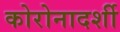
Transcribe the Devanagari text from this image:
कोरोनादर्शी